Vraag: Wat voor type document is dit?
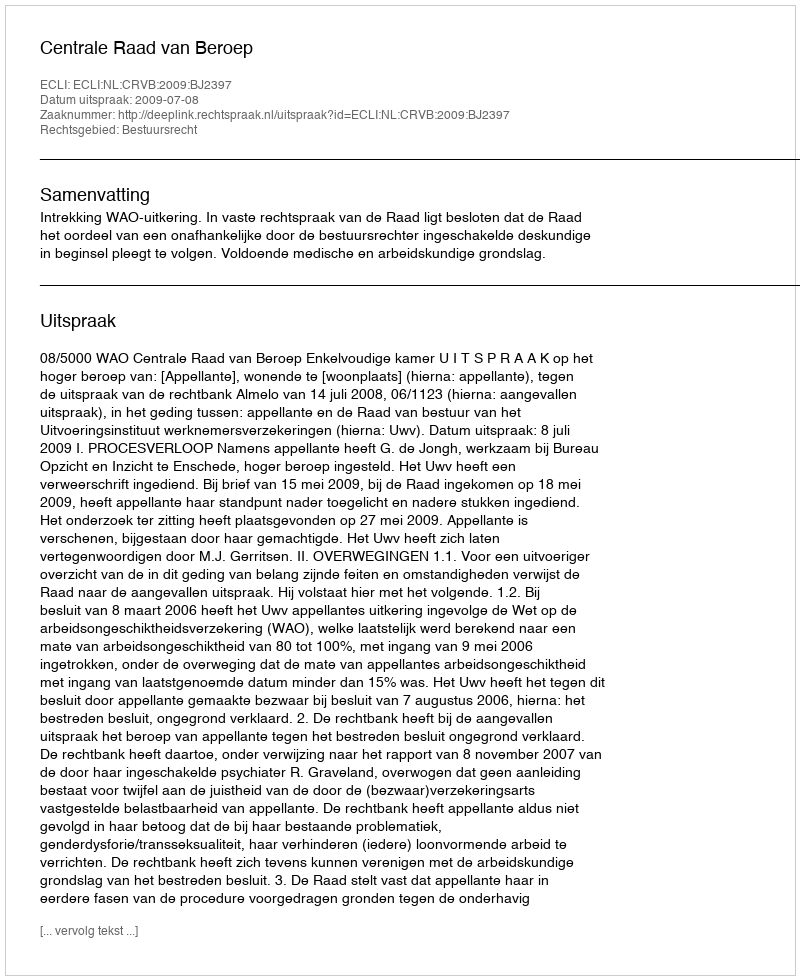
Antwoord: Uitspraak